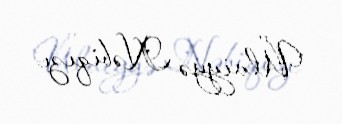
Ülviyyə Nəbiqızı